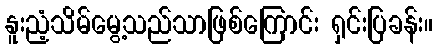
နူးညံ့သိမ်မွေ့သည်သာဖြစ်ကြောင်း ရှင်းပြခန်း။